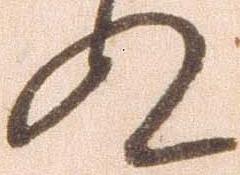
ぬ